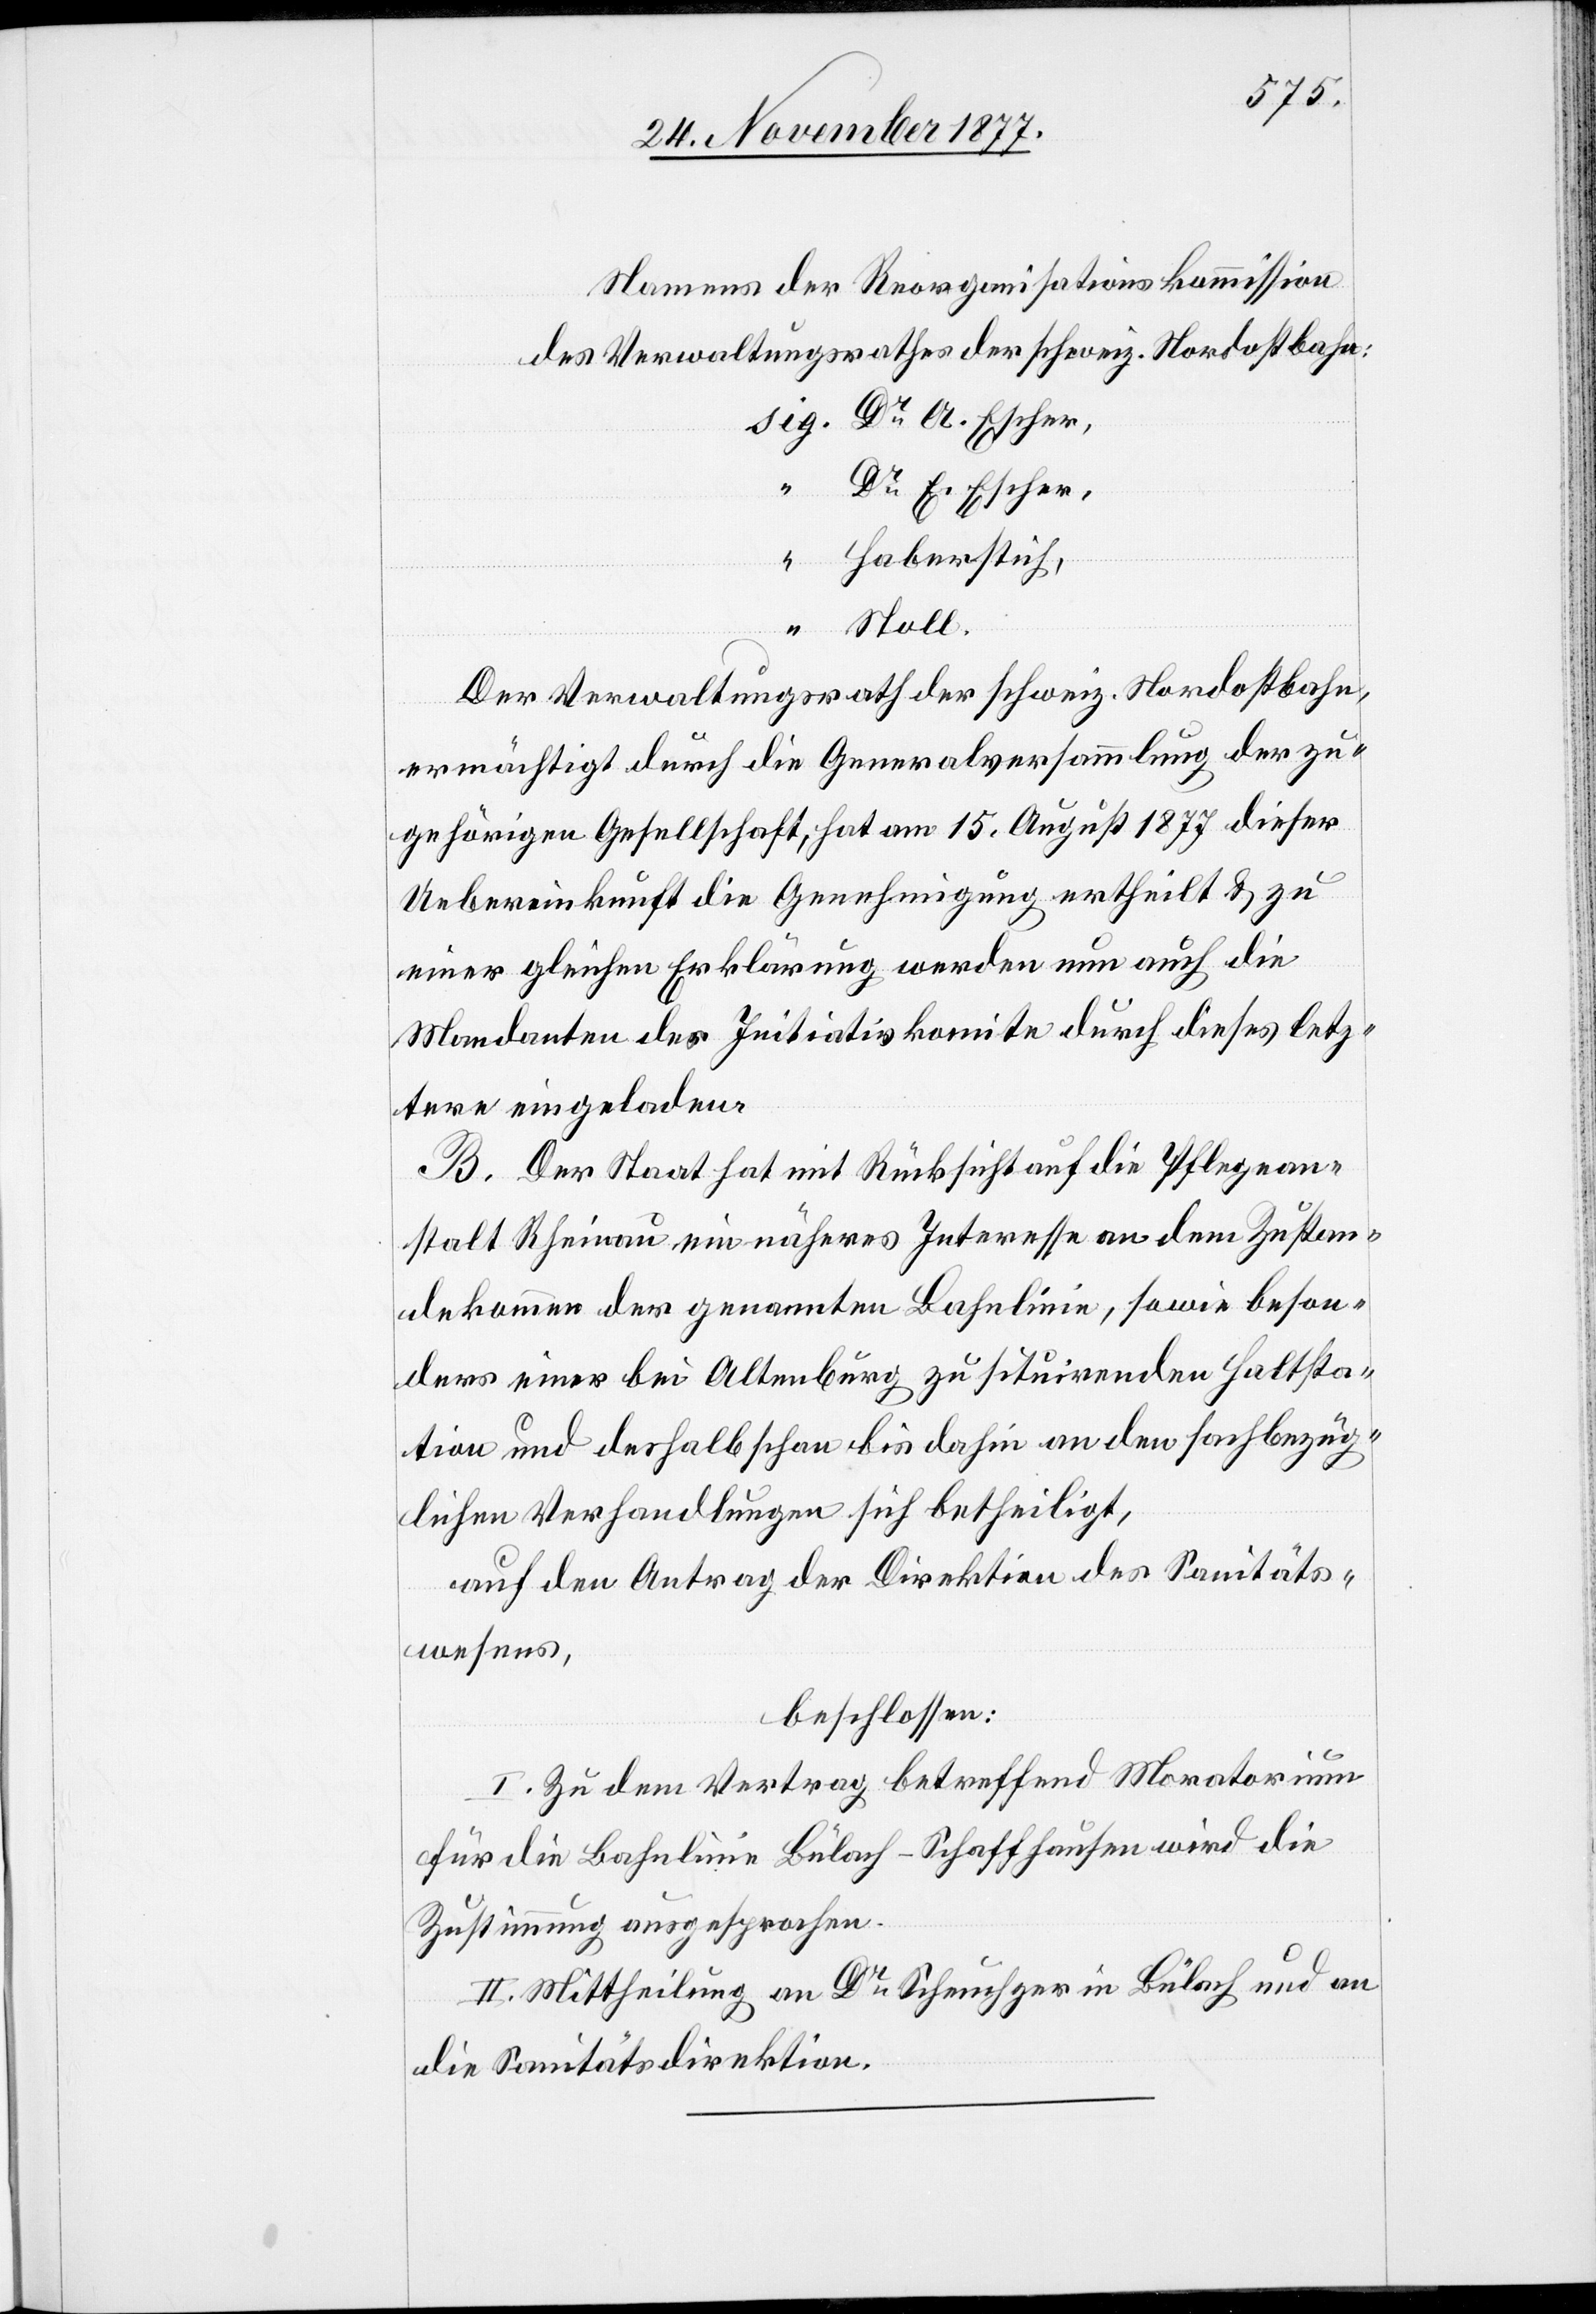
Namens der Reorganisationskommission
des Verwaltungsrathes der schweiz. Nordostbahn:
sig. Dr A. Escher,
“ Dr E. Escher,
“ Haberstich,
“ Stoll.
Der Verwaltungsrath der schweiz. Nordostbahn,
ermächtigt durch die Generalversammlung der zu¬
gehörigen Gesellschaft, hat am 15. August 1877 dieser
Uebereinkunft die Genehmigung ertheilt & zu
einer gleichen Erklärung werden nun auch die
Mandanten des Initiativkomite durch dieses letz¬
tere eingeladen.
B. Der Staat hat mit Rücksicht auf die Pflegean¬
stalt Rheinau ein näheres Interesse an dem Zustan¬
dekommen der genannten Bahnlinie, sowie beson¬
ders einer bei Altenburg zu situirenden Haltsta¬
tion und deshalb schon bis dahin an den sachbezüg¬
lichen Verhandlungen sich betheiligt,
auf den Antrag der Direktion des Sanitäts¬
wesens,
beschlossen:
I. Zu dem Vertrag betreffend Moratorium
für die Bahnlinie Bülach–Schaffhausen wird die
Zustimmung ausgesprochen.
II. Mittheilung an Dr Scheuchzer in Bülach und an
die Sanitätsdirektion.